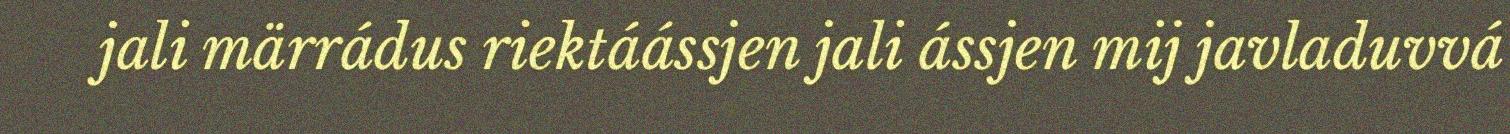
jali märrádus riektáássjen jali ássjen mij javladuvvá